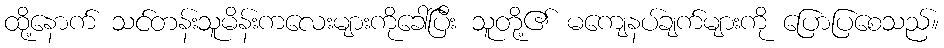
ထို့နောက် သင်တန်းသူမိန်းကလေးများကိုခေါ်ပြီး သူတို့၏ မကျေနပ်ချက်များကို ပြောပြစေသည်။